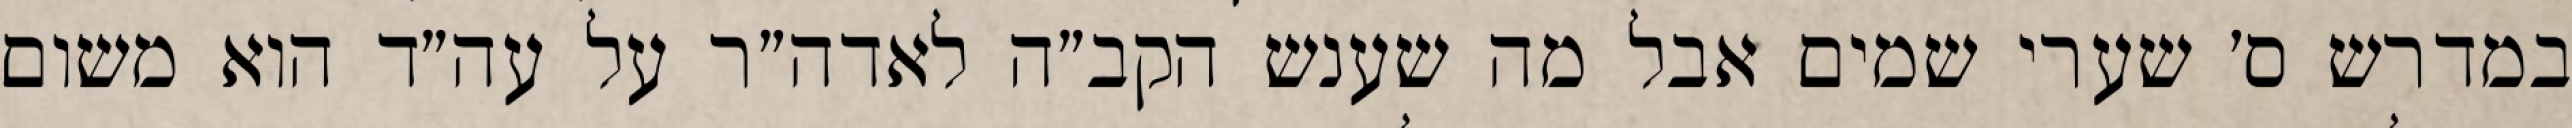
במדרש ס׳ שערי שמים אבל מה שענש הקב״ה לאדה״ר על עה״ד הוא משום